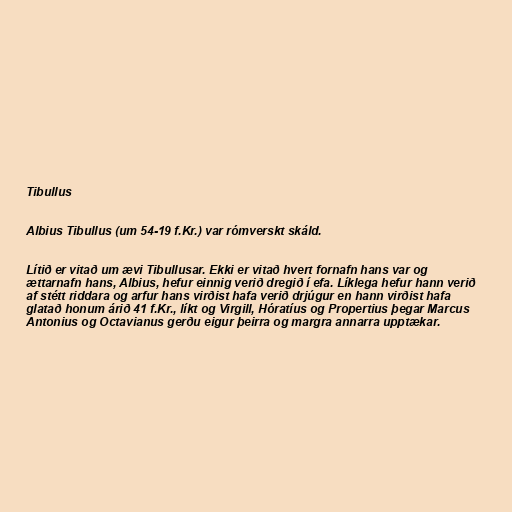
Tibullus

Albius Tibullus (um 54-19 f.Kr.) var rómverskt skáld.

Lítið er vitað um ævi Tibullusar. Ekki er vitað hvert fornafn hans var og
ættarnafn hans, Albius, hefur einnig verið dregið í efa. Líklega hefur hann verið
af stétt riddara og arfur hans virðist hafa verið drjúgur en hann virðist hafa
glatað honum árið 41 f.Kr., líkt og Virgill, Hóratíus og Propertius þegar Marcus
Antonius og Octavianus gerðu eigur þeirra og margra annarra upptækar.